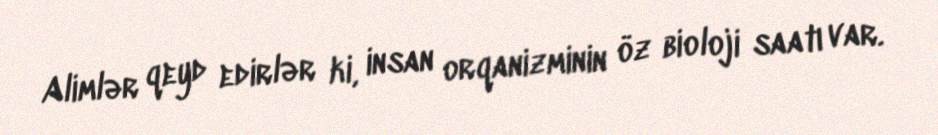
Alimlər qeyd edirlər ki, insan orqanizminin öz bioloji saatı var.